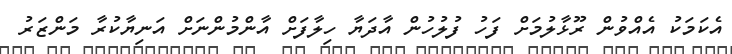
އެކަމަކު އެއްވުން ރޫޅާލުމަށް ފަހު ފުލުހުން އާދަޔާ ހިލާފަށް އާންމުންނަށް އަނިޔާކުރާ މަންޒަރު